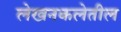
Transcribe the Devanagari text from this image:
लेखनकलेतील